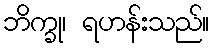
ဘိက္ခု၊ ရဟန်းသည်။